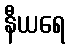
နီယရေ